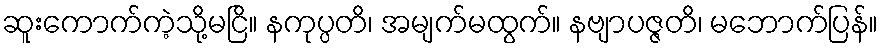
ဆူးကောက်ကဲ့သို့မငြိ။ နကုပ္ပတိ၊ အမျက်မထွက်။ နဗျာပဇ္ဇတိ၊ မဘောက်ပြန်။